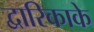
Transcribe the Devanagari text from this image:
द्वारिकाके